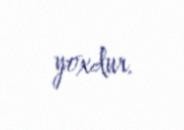
yoxdur.